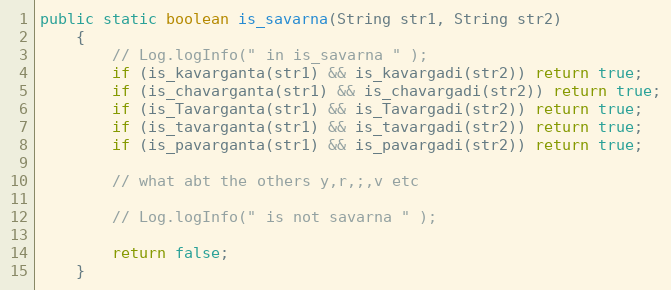
Language: Java
public static boolean is_savarna(String str1, String str2)
    {
        // Log.logInfo(" in is_savarna " );
        if (is_kavarganta(str1) && is_kavargadi(str2)) return true;
        if (is_chavarganta(str1) && is_chavargadi(str2)) return true;
        if (is_Tavarganta(str1) && is_Tavargadi(str2)) return true;
        if (is_tavarganta(str1) && is_tavargadi(str2)) return true;
        if (is_pavarganta(str1) && is_pavargadi(str2)) return true;

        // what abt the others y,r,;,v etc

        // Log.logInfo(" is not savarna " );

        return false;
    }